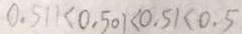
0 . 5 1 1 < 0 . 5 0 1 < 0 . 5 1 < 0 . 5